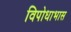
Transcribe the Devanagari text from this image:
विपोधाभास